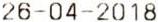
26-04-2018